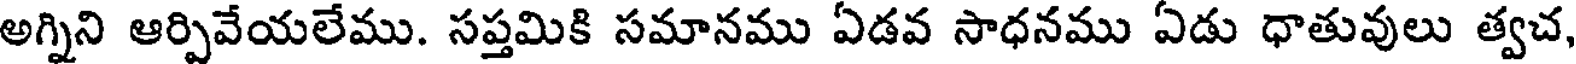
అగ్నిని ఆర్పివేయలేము. సప్తమికి సమానము ఏడవ సాధనము ఏడు ధాతువులు త్వచ